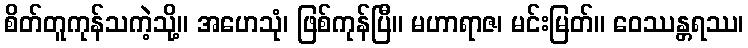
စိတ်တူကုန်သကဲ့သို့။ အဟေသုံ၊ ဖြစ်ကုန်ပြီ။ မဟာရာဇ၊ မင်းမြတ်။ ဝေဿန္တရဿ၊